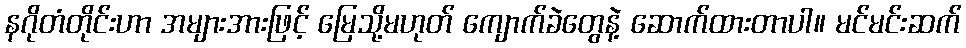
နဂိုတံတိုင်းဟာ အများအားဖြင့် မြေသို့မဟုတ် ကျောက်ခဲတွေနဲ့ ဆောက်ထားတာပါ။ မင်မင်းဆက်